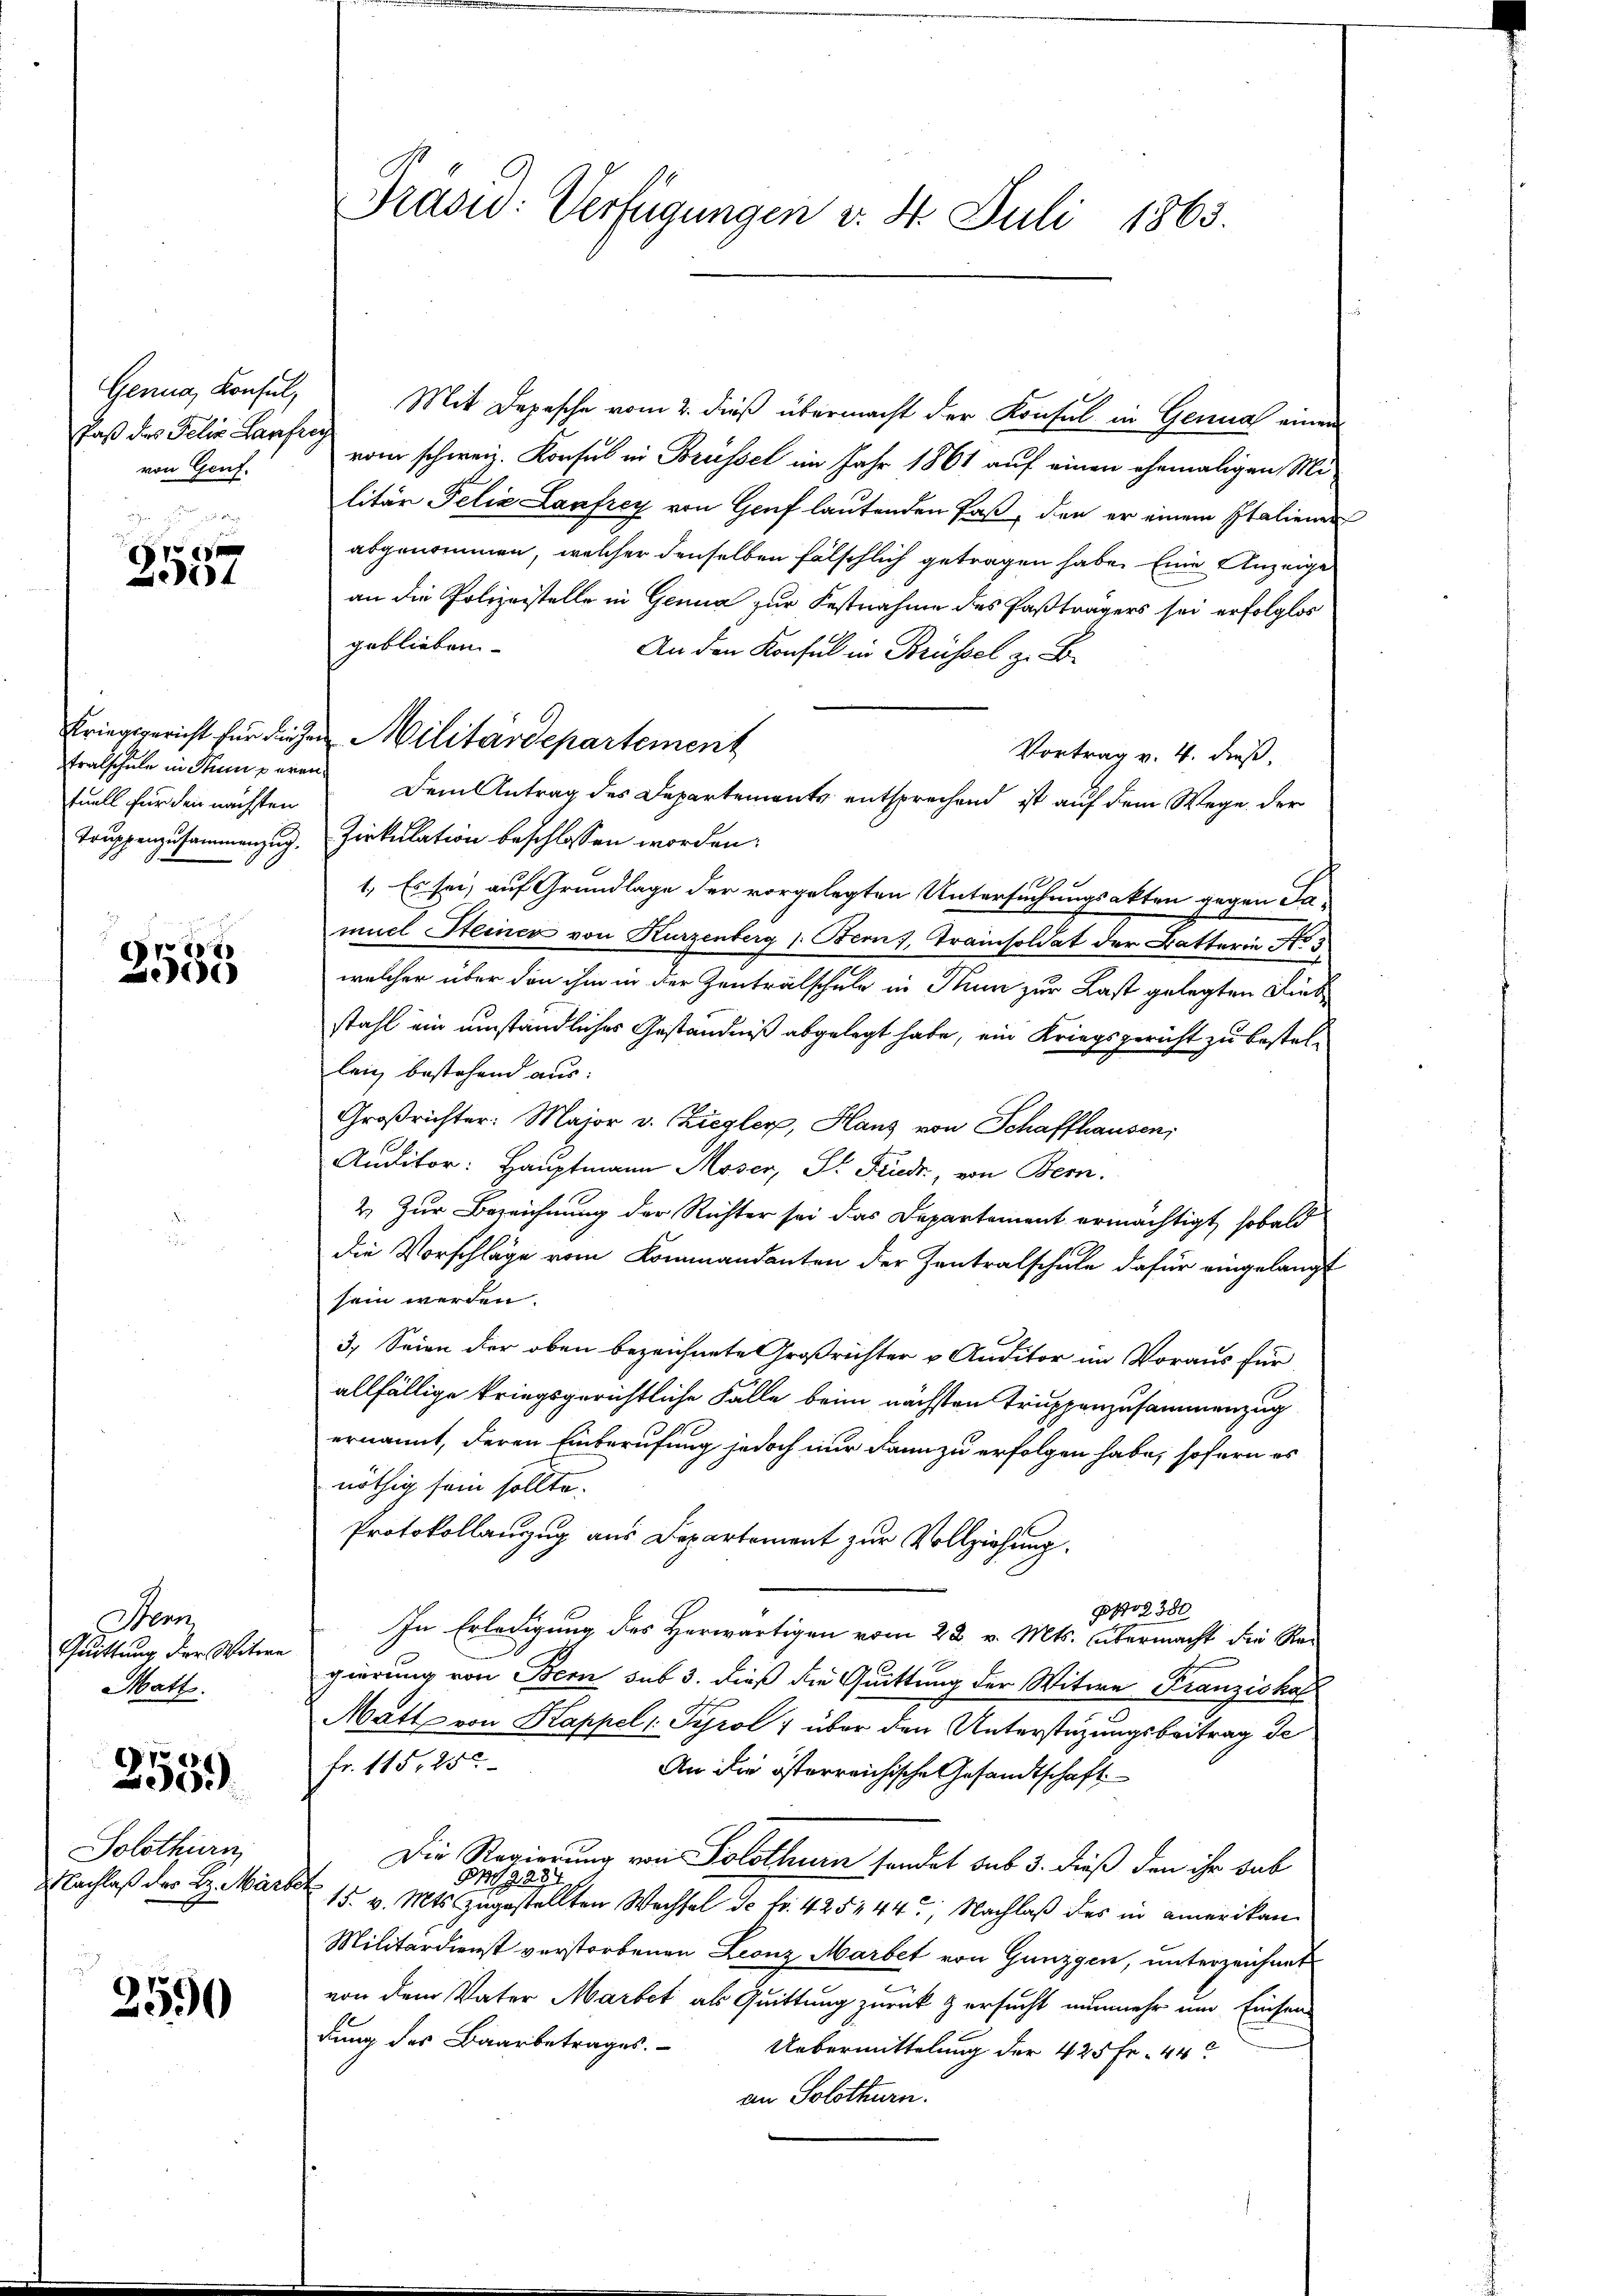
Genua, Konsul,
Paß des Felix Laufreg
von Genf.

Pe
14

tuell für den nächsten

2555

Henn
Quittung der Witwe
Matt.

2559

Solothurn
Nachlaß des H. März

2590

Mit Depesche vom 2. dieß übermacht der Konsul in Genual einem
vom schweiz. Konsul in Brüssel im Jahr 1861 auf einen ehemaligen Mi-
litär Felix Laufrey von Genf lautenden Fast, den er einem Italienen
abgenommen, welcher denselben fälschlich getragen habe. Eine Anzeige
an die Polizeistelle in Genua zur Festnahme des Paßträgers sei erfolglos
geblieben
An den Konsul in Brüssel z. B.
Vortrag v. 4. dieß.
tralschule in Temperen Dem Antrag des Departements entsprechend ist auf dem Wege der
Truppenzusammenzug. Zirkulation beschlossen worden.
1. Es sei, auf Grundlage der vorgelegten Untersuchungsakten gegen Samuel Steines von Kurzenberg 1. Bern, Trainsoldat der Batterie No 3
welcher über von ihm in der Zenträtschule in Nun zur Last gelegten Diebstahl ein umständliches Geständniß abgelegt habe, ein Kriegsgericht zu bestellaig bestehend aus:
Großrichter: Major v. Ziegler, Hans von Schaffhausen,
Auditor: Hauptmann Moser, Dr. Friedr., von Bern.
2. Zur Bezeichnung der Richter sei das Departement ermächtigt, sobald
die Vorschläge vom Kommandanten der Zentralschule dafür eingelangt
sein werden.
3.) Seien der oben bezeichnete Großrichter v Auditor im Voraus für
allfällige kriegsgerichtliche Falle beim nächsten Truppenzusammenzug
ernannt, deren Einberufung jedoch nur dann zu erfolgen habe, sofern es
nöthig sein sollte.
Protokollanzug aus Departement zur Vollziehung.
oz 380
In Erledigung des Herwärtigen vom 28. v. Mts. übermacht die Regierung von Bern sub 3. dieß die Quittung der Witwe Franzishof
Matt von Kappel (Tyrol ) über den Unterstüzungsbeitrag de
fr. 115, 25.
An die österreichische Gesandtschaft
Die Regierung von Solothurn sendet sub 3. dieß den ihr dab
172
1995
 15. v. Mts. zugestellten Wechsel de fr. 425444. Nachlaß das in amerikan¬
Militärdienst verstorbenen Leonz Marbet von Ganzgen, unterzeichnet
von dem Vater Martet als Quittung zurück & ersucht nunmehr um Einsen
dung des Baarbetrages. Uebermittelung der 425 Fr. 44
an Solothurn.

Präsid: Verfügungen v. 4. Juli 1863.

Kriegsgericht für diesen Militärdepartement